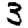
Digit: 3